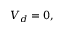
V _ { d } = 0 ,